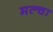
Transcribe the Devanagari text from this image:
मल्‍चा